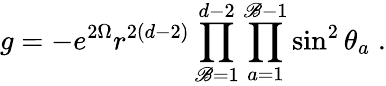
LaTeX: g=-e^{2\Omega}r^{2(d-2)}\prod_{\mathscr{B}=1}^{d-2}\prod_{a=1}^{\mathscr{B}-1}\sin^{2}\theta_{a}\; .